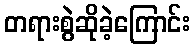
တရားစွဲဆိုခဲ့ကြောင်း